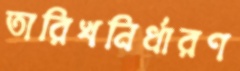
তারিখনির্ধারণ